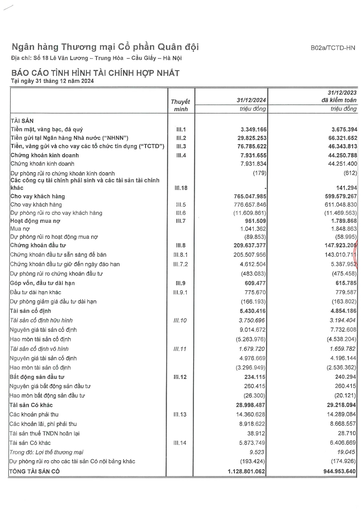
||Thuyết|31/12/2024|31/12/2023 đã kiểm toán| |---|---|---|---| ||minh|triệu đồng|triệu đồng| |TÀI SẢN|||| |Tiền mặt, vàng bạc, đá quý|III.1|3.349.166|3.675.394| |Tiền gửi tại Ngân hàng Nhà nước ("NHNN")|III.2|29.825.253|66.321.652| |Tiền, vàng gửi và cho vay các tổ chức tín dụng ("TCTD")|[II.3|76.785.622|46.343.813| |Chứng khoán kinh doanh|III.4|7.931.655|44.250.788| |Chứng khoán kinh doanh||7.931.834|44.251.400| |Dự phòng rủi ro chứng khoán kinh doanh||(179)|(612)| |Các công cụ tài chính phái sinh và các tài sản tài chính khác|III.18||141.294| |Cho vay khách hàng||765.047.985|599.579.267| |Cho vay khách hàng|III.5|776.657.846|611.048.830| |Dự phòng rủi ro cho vay khách hàng|111.6|(11.609.861)|(11.469.563)| |Hoạt động mua nợ|Ill.7|951.509|1.789.868| |Mua nợ||1.041.362|1.848.863| |Dự phòng rủi ro hoạt động mua nợ||(89.853)|(58.995)| |Chứng khoán đầu tư|III.8|209.637.377|147.923.2050| |Chứng khoán đầu tư sẵn sàng để bán|[II.8.1|205.507.956|143.010.71| |Chứng khoán đầu tư giữ đến ngày đáo hạn|III.7.2|4.612.504|5.387.952| |Dự phòng rủi ro chứng khoán đầu tư||(483.083)|(475.458)| |Góp vốn, đầu tư dài hạn|III.9|609.477|615.785| |Đầu tư dài hạn khác|III.9.1|775.670|779.587| |Dự phòng giảm giá đầu tư dài hạn||(166.193)|(163.802)| |Tài sản cố định||5.430.416|4.854.186| |Tài sản cố định hữu hình|III. 10|3.750.696|3.194.404| |Nguyên giá tài sản cố định||9.014.672|7.732.608| |Hao mòn tài sản cố định||(5.263.976)|(4.538.204)| |Tài sản cố định vô hình|III.11|1.679.720|1.659.782| |Nguyên giá tài sản cố định||4.976.669|4.196.144| |Hao mòn tài sản cố định||(3.296.949)|(2.536.362)| |Bất động sản đầu tư|III.12|234.115|240.294| |Nguyên giá bất động sản đầu tư||260.415|260.415| |Hao mòn bất động sản đầu tư||(26.300)|(20.121)| |Tài sản có khác||28.998.487|29.218.094| |Các khoản phải thu|III.13|14.360.628|14.289.084| |Các khoản lãi, phí phải thu||8.918.622|8.668.557| |Tài sản thuế TNDN hoãn lại||38.912|28.710| |Tài sản có khác|III.14|5.873.749|6.406.669| |Trong đó: Lợi thế thương mại||9.523|19.045| |Dự phòng rủi ro cho các tài sản có nội bảng khác||(193.424)|(174.926)| |TỔNG TÀI SẢN CÓ||1.128.801.062|944.953.640|